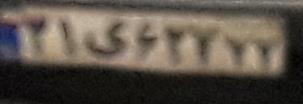
۳۱ی۶۲۷۷۷